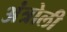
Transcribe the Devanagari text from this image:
अंत्रोली